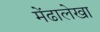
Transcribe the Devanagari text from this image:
मेंढालेखा